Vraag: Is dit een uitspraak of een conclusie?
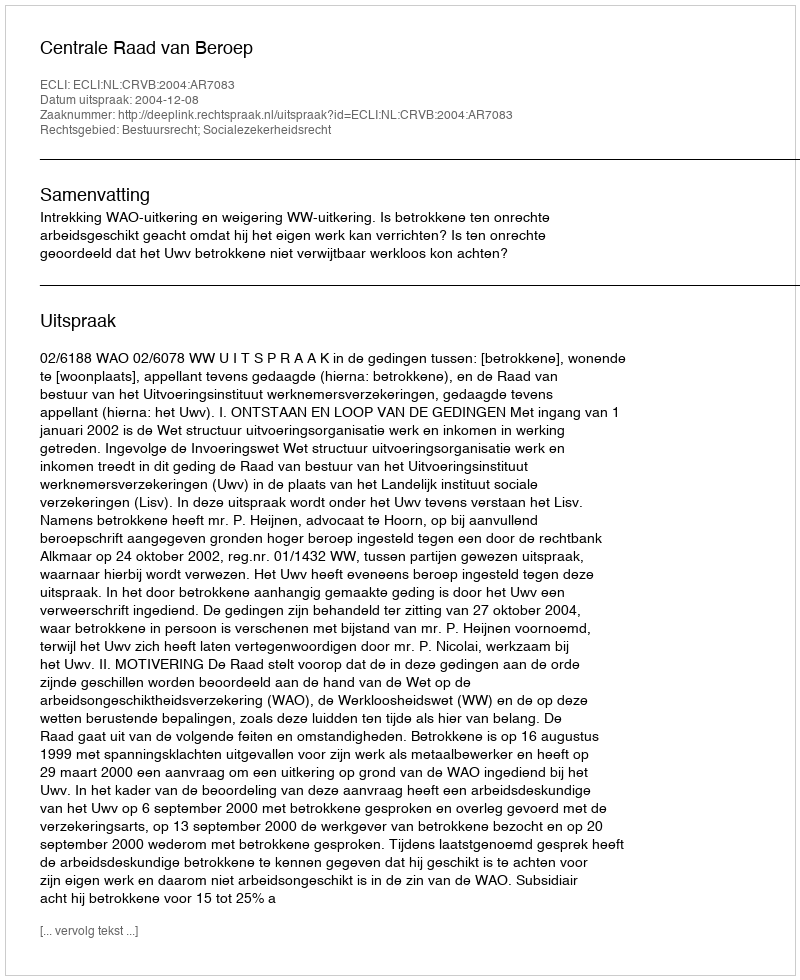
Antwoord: Uitspraak